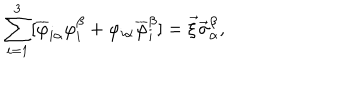
\sum _ { i = 1 } ^ { 3 } [ \overline { { { \varphi } } } _ { i \alpha } { \varphi } _ { i } ^ { \beta } + \varphi _ { i \alpha } \overline { { { \varphi } } } _ { i } ^ { \beta } ] = \vec { \xi } \vec { \sigma } _ { \alpha } ^ { \beta } ,